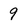
Character: 9